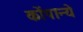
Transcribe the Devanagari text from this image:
कोंपान्ये